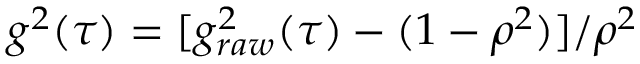
g ^ { 2 } ( \tau ) = [ g _ { r a w } ^ { 2 } ( \tau ) - ( 1 - \rho ^ { 2 } ) ] / \rho ^ { 2 }